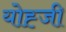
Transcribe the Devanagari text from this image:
योह्जी